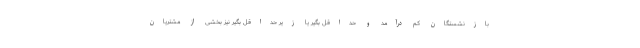
بازنشستگان کم درآمد و حداقل بگیر یا زیر حداقل بگیر نیز بخشی از مشتریان